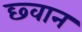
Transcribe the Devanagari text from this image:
छ्वान